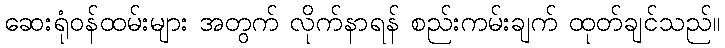
ဆေးရုံဝန်ထမ်းများ အတွက် လိုက်နာရန် စည်းကမ်းချက် ထုတ်ချင်သည်။